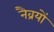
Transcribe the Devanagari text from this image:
नैव्रयों